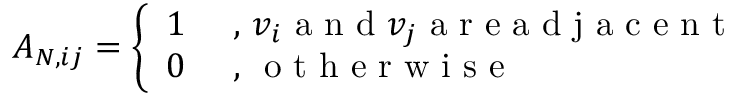
A _ { N , i j } = \left\{ \begin{array} { l l } { 1 } & { \mathrm { ~ , ~ } v _ { i } \mathrm { ~ a ~ n ~ d ~ } v _ { j } \mathrm { ~ a ~ r ~ e ~ a ~ d ~ j ~ a ~ c ~ e ~ n ~ t ~ } } \\ { 0 } & { \mathrm { ~ , ~ } \mathrm { ~ o ~ t ~ h ~ e ~ r ~ w ~ i ~ s ~ e ~ } } \end{array} \right.